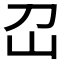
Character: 𡴻